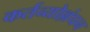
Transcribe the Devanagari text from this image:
कर्तव्योल्लंघन